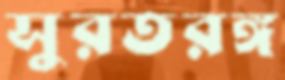
সুরতরঙ্গ